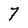
Character: 7